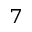
_ 7